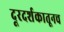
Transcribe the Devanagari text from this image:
दूरदर्शकातूनच